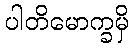
ပါတိမောက္ခမှိ